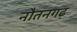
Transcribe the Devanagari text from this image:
नौतनगढ़